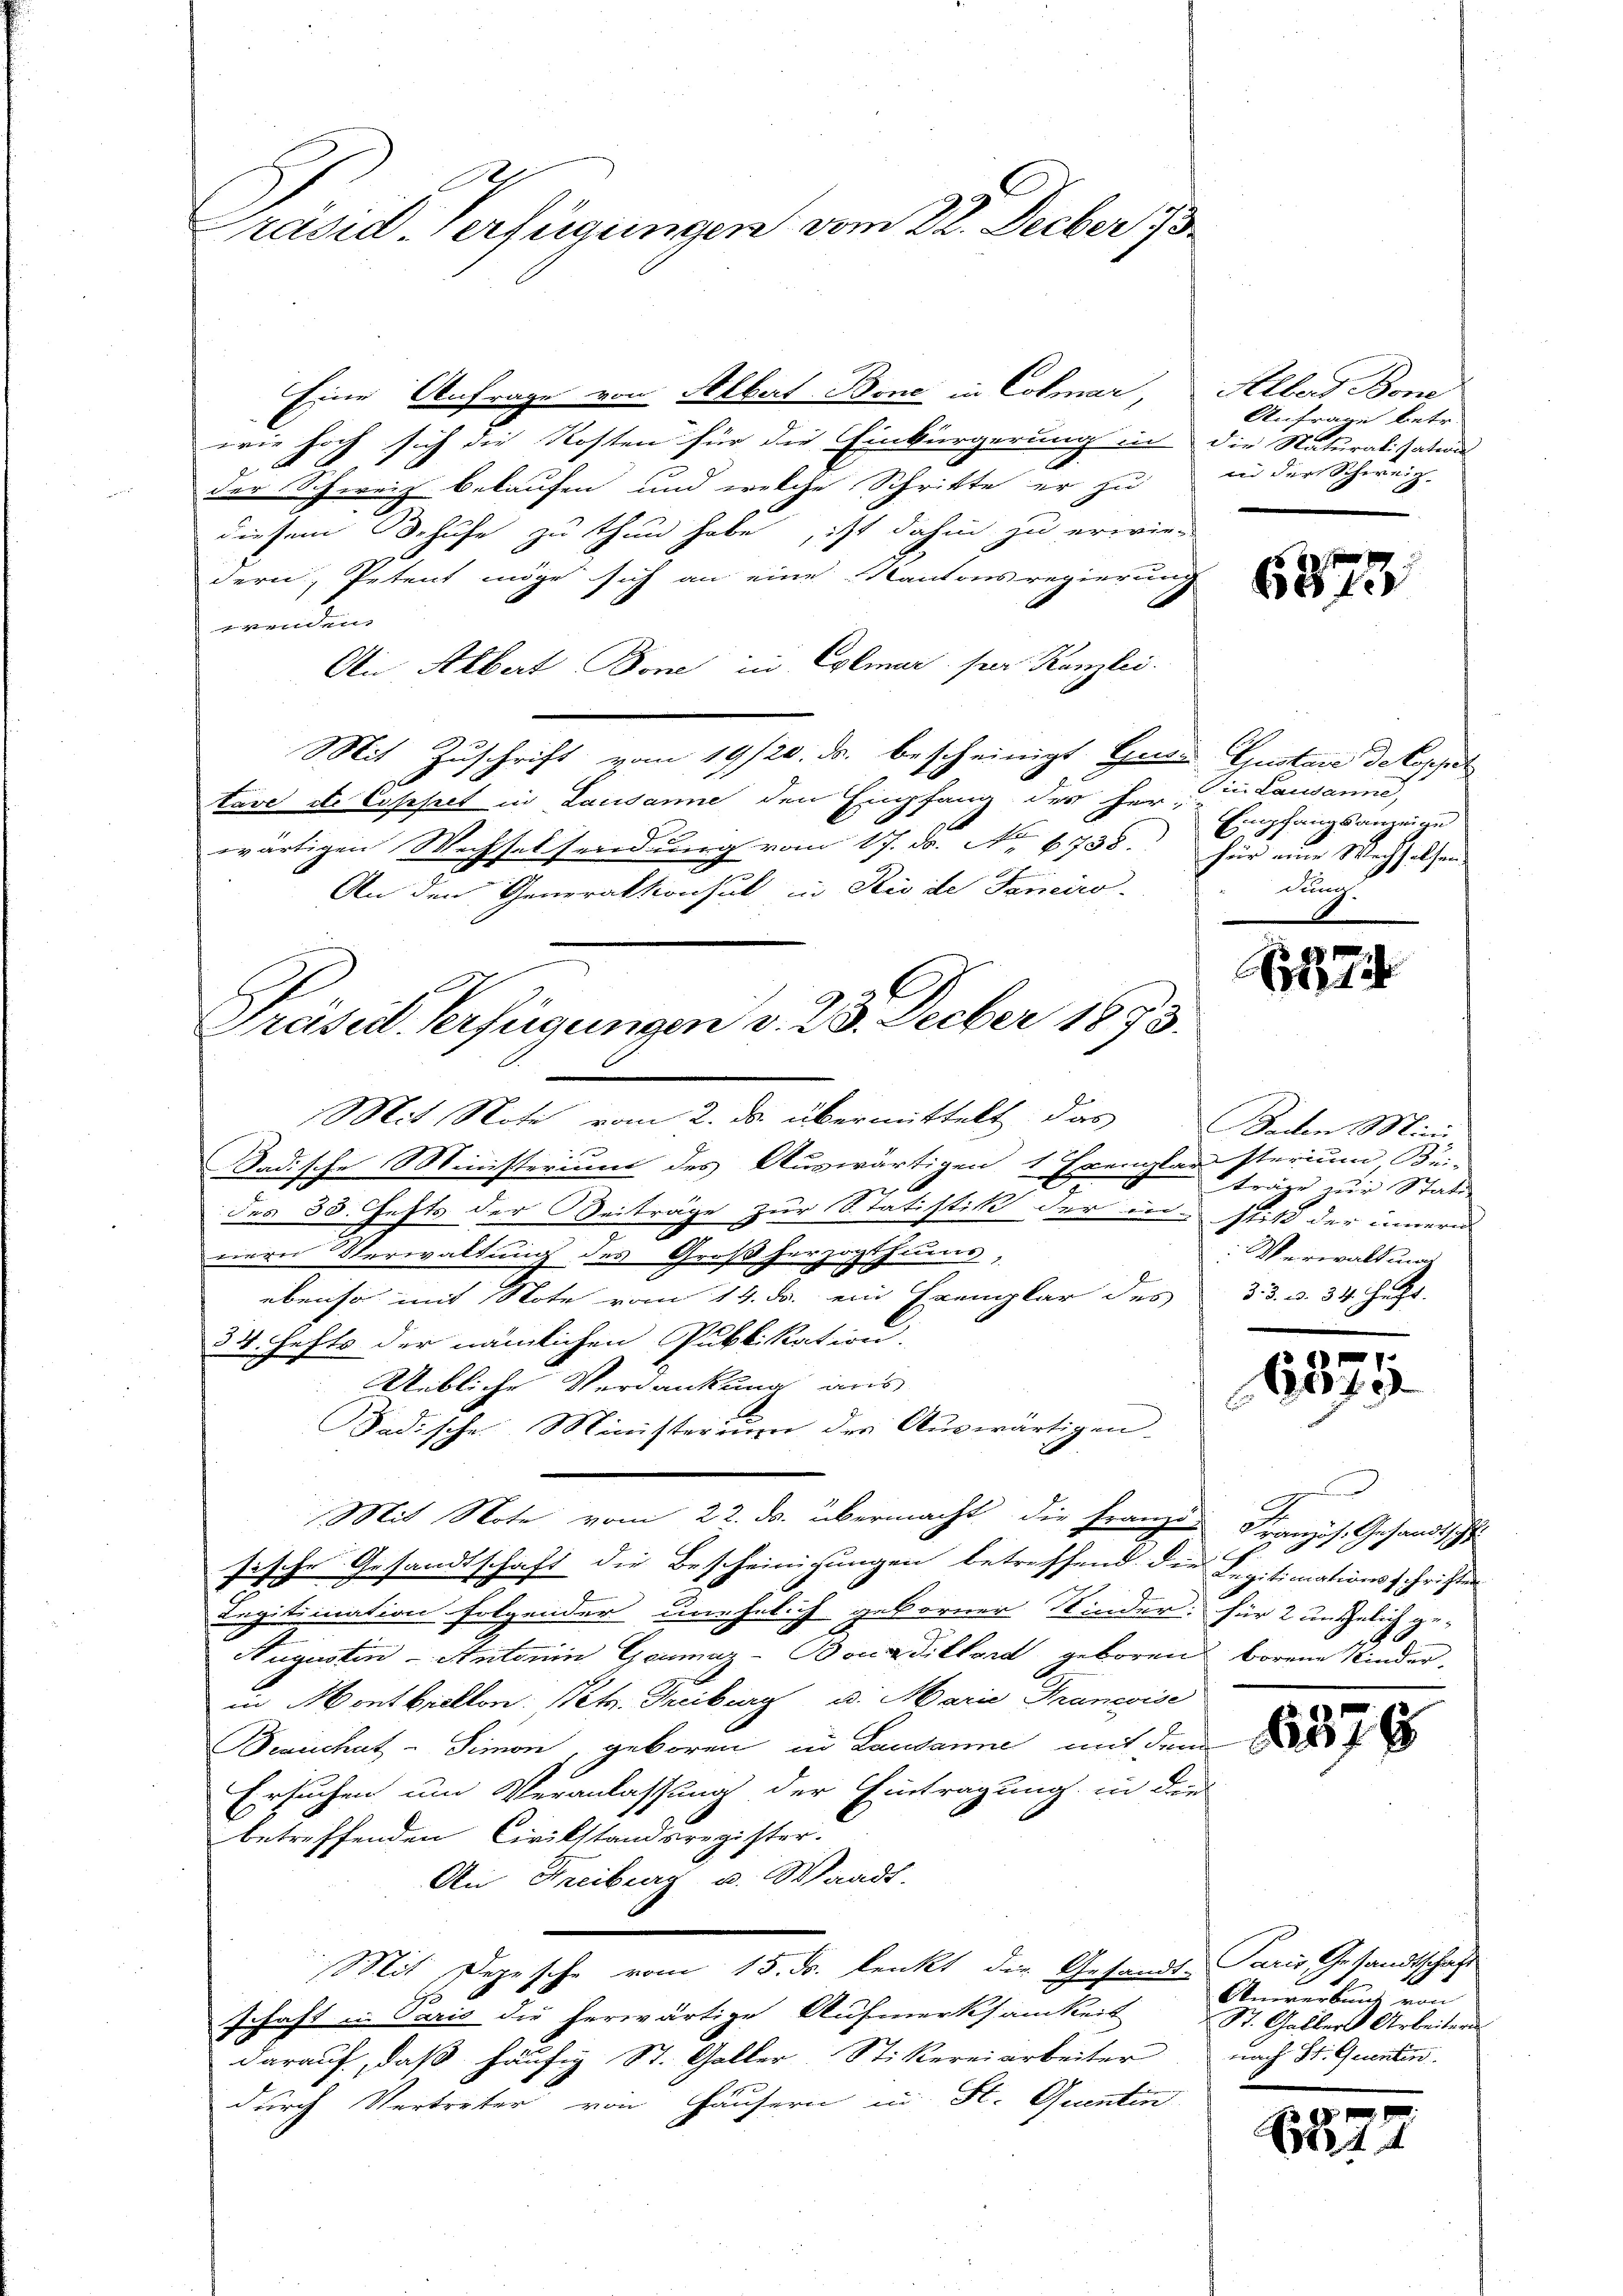
Präsid-Verfügungen vom 22. Decber 18

Eine Anfrage von Albert Bone in Colmar, Albert Bone
wie hoch sich die Kosten für die Einbürgerung in die Naturalisations
4
f
der Schweiz belaufen und welche Schritte er zu in der Schweiz-
diesem Behufe zu thun habe, ist dahin zu erwie-
dern, Petent möge sich an eine Kantonsregierung
ge
An Albert Bone in Colmar per Kanzlei.
Mit Zuschrift vom 19/20. ds. bescheinigt Grau Gustare de Coppel
tave et Copistet in Lausanne den Empfang des herz
wärtigen Wechselsendung vom 17. Dr. No. 6738. Für eine Wechselsen-
An den Generaktionsul in Rio de Janeiro
Präsid. Verfügungen v. 25. Decber 1873.

Anfrage betr.

Mit Note vom 2. ds. übermittelt das

Sadische Ministerium des Auswärtigen 1 Exenglarsterium, Bei-
des 35. Hefts der Beiträge zur Statistik der in still der innern
nern Verwaltung des Großherzogthum,
ebenso mit Note vom 14. ds. ein Exemplar des
34. Hefts der nämlichen Publikation.
ebliche Verdankung aus
Badische Ministerium der Auswärtigen-
Mit Note vom 22. ds. übermacht die Franze Französ. Gesandtschl
Gesandtschaft die Bescheinigungen betreffend die Legitimationsschriften
sische
Legitiination folgender unehelich geborner Kinder: für 2 unehelich ge-
Augustin - Antonin Goumaz-Bouadillard geboren borene Kinder.
in Montbrellon Petr. Theiburg u. Marie Francoise
Brauchatz- Simon, geboren in Landanne mit dem
Ersuchen um Veranlassung der Eintragung, in den
betreffenden Civilstandsregister.
An Freiberg u. Waadt.
Mit Depesche vom 15. ds. lenkt die Gesandt-
schaft u. Paris die herwärtige Aufmerksamkeit
darauf, daß häufig St. Galler Stikereiarbeiter nach St. Genti
durch Vertreter von Häusern in St. Quentin

6873

Die Lausanne,
Empfangsanzeige
dung.

7

Baden Mini
träge zur Stati
Verwaltung
3. d. d. 34. Jetzt.

181711

c

65

E

Paris Gesandtschaft
A
Anwerbung von
St. Galler Arbeitern